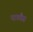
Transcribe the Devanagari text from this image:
नागवैस